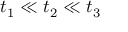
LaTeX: t _ { 1 } \ll t _ { 2 } \ll t _ { 3 }